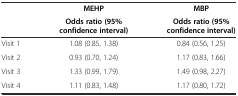
<table><thead><tr><td></td><td><b>MEHP</b></td><td><b>MBP</b></td></tr><tr><td></td><td><b>Odds ratio (95% confidence interval)</b></td><td><b>Odds ratio (95% confidence interval)</b></td></tr></thead><tbody><tr><td>Visit 1</td><td>1.08 (0.85, 1.38)</td><td>0.84 (0.56, 1.25)</td></tr><tr><td>Visit 2</td><td>0.93 (0.70, 1.24)</td><td>1.17 (0.83, 1.66)</td></tr><tr><td>Visit 3</td><td>1.33 (0.99, 1.79)</td><td>1.49 (0.98, 2.27)</td></tr><tr><td>Visit 4</td><td>1.11 (0.83, 1.48)</td><td>1.17 (0.80, 1.72)</td></tr></tbody></table>